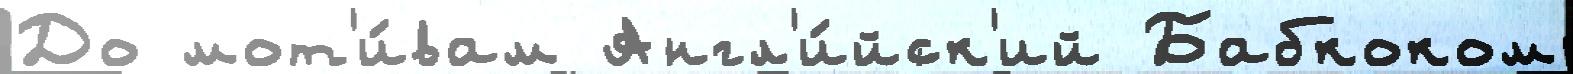
До мот'и́вам Англ'и́йск'ий Бабкоком